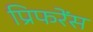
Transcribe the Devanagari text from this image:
प्रिफरेंस